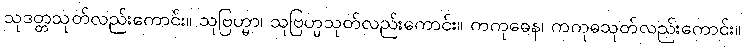
သုဒတ္တသုတ်လည်းကောင်း။ သုဗြဟ္မာ၊ သုဗြဟ္မသုတ်လည်းကောင်း။ ကကုဓေန၊ ကကုဓသုတ်လည်းကောင်း။